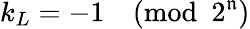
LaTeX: k_{L}=-1{\pmod{2^{\mathfrak{n}}}}